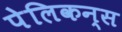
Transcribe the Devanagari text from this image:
पेलिकन्स